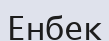
Енбек